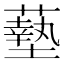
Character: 𫉷